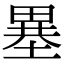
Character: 𤲲